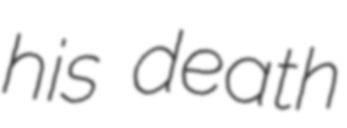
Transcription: his death